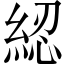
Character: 綛